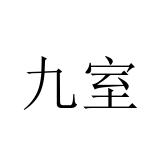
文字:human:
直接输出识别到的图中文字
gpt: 九室